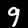
Label: 9